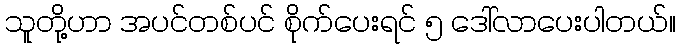
သူတို့ဟာ အပင်တစ်ပင် စိုက်ပေးရင် ၅ ဒေါ်လာပေးပါတယ်။